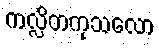
ကလ္လိတကုသလော